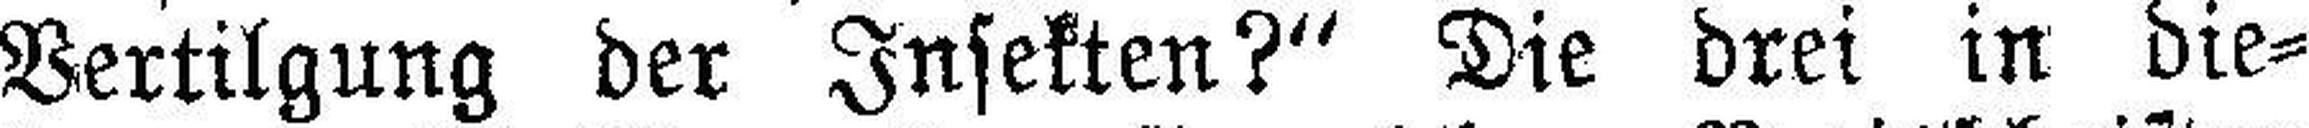
Vertilgung der Insekten?“ Die drei in die¬